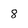
Character: 8